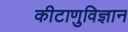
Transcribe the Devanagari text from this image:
कीटाणुविज्ञान